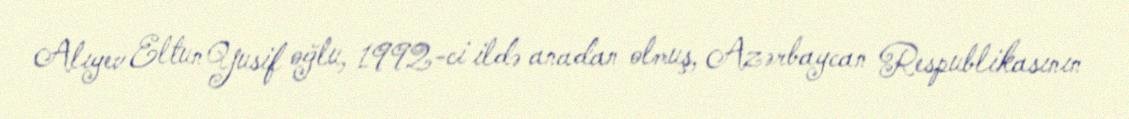
Alıyev Eltun Yusif oğlu, 1992-ci ildə anadan olmuş, Azərbaycan Respublikasının